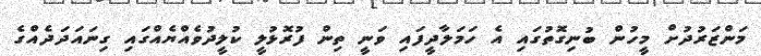
މަންޒަރުދުށް މީހުން ބުނިގޮތުގައި އެ ހަމަލާދީފައި ވަނީ ތިން ފުރޮޅުލީ ކުލީދުވެއްޔެއްގައި ގިނައަދަދެއްގެ